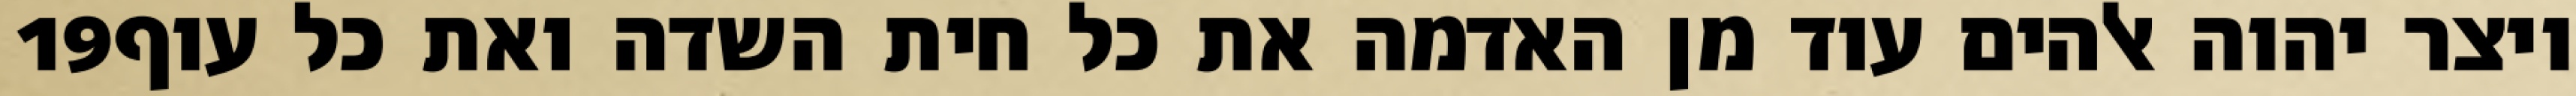
‎19‏ ויצר יהוה אלהים עוד מן האדמה את כל חית השדה ואת כל עוף